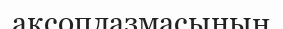
аксоплазмасының